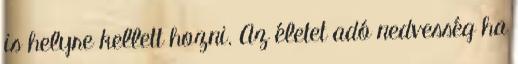
is helyre kellett hozni. Az életet adó nedvesség ha